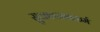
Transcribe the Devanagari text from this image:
सुजातजातकर्म